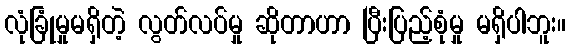
လုံခြုံမှုမရှိတဲ့ လွတ်လပ်မှု ဆိုတာဟာ ပြီးပြည့်စုံမှု မရှိပါဘူး။